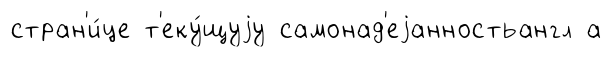
стран'и́це т'еку́щуjу самонад'еjанностьангл а